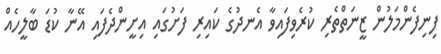
ފިނިފެންމަލުން ޒީނަތްތެރި ކުރެވިފައިވާ އެނދުގެ ކައިރި ފަށުގައި އިށީންދެފައި އޭނާ ކުޑަ ބާލީހެއް